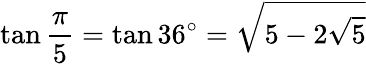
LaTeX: \tan{\frac{\pi}{5}}=\tan 36^{\circ}={\sqrt{5-2{\sqrt{5}}}}